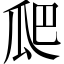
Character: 𭺗